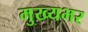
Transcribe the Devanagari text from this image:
मुख्यभर